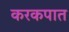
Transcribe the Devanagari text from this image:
करकपात